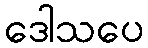
ဒေါသပေ